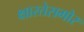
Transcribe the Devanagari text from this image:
क्षारतेसमोर